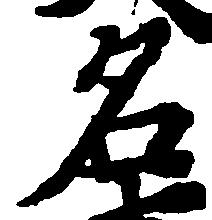
名